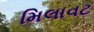
મિલાવટ